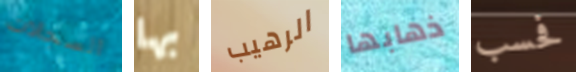
السجلات بها الرهيب ذهابها فحسب